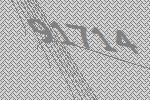
91714